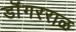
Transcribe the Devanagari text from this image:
डॊंगरराळ